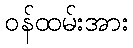
ဝန်ထမ်းအား